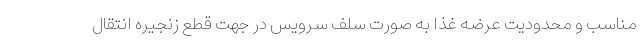
مناسب و محدودیت عرضه غذا به صورت سلف سرویس در جهت قطع زنجیره انتقال